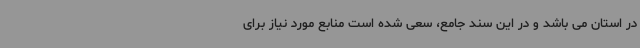
در استان می باشد و در این سند جامع، سعی شده است منابع مورد نیاز برای